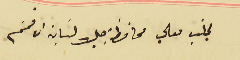
لجانب معالي محافظ جبل لبنان الافخم